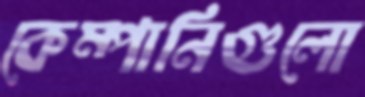
কেম্পানিগুলো